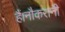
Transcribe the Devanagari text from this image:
हैं।नौकरानी